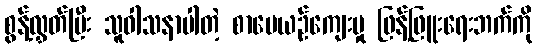
စွန့်လွှတ်ပြီး သူဝါသနာပါတဲ့ စာပေယဉ်ကျေးမှု ဖြန့်ဖြူးရေးဘက်ကို